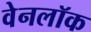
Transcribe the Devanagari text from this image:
वेनलॉक